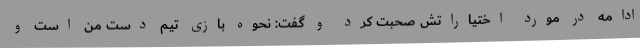
ادامه در مورد اختیاراتش صحبت کرد و گفت: نحوه بازی تیم دست من است و